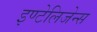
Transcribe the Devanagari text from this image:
इण्टेलिजेन्स